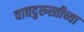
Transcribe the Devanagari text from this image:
वाद्यदुरुस्तीच्या